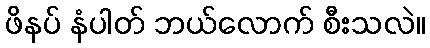
ဖိနပ် နံပါတ် ဘယ်လောက် စီးသလဲ။